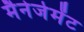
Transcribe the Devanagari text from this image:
मैनेजेमेंट